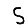
Digit: 5